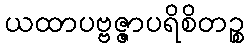
ယထာပဗ္ဗဇ္ဇာပရိစိတဉ္စ